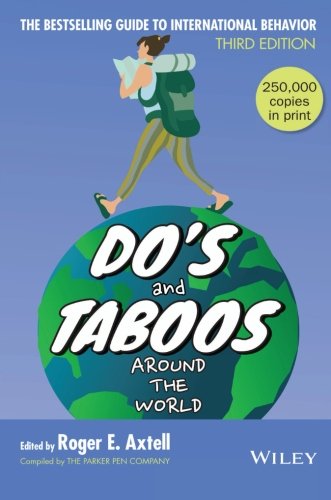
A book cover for Do's and Taboos Around The World; Business & Money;